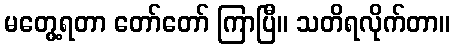
မတွေ့ရတာ တော်တော် ကြာပြီ။ သတိရလိုက်တာ။